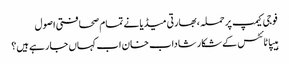
فوجی کیمپ پر حملہ ،بھارتی میڈیا نے تمام صحافتی اصول
ہیپاٹائٹس کے شکار شاداب خان اب کہاں جا رہے ہیں؟